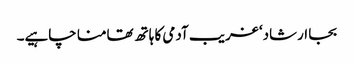
بجا ارشاد‘ غریب آدمی کا ہاتھ تھامنا چاہیے۔